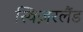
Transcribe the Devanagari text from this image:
स्विज़रलैंड